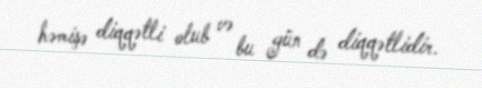
həmişə diqqətli olub və bu gün də diqqətlidir.